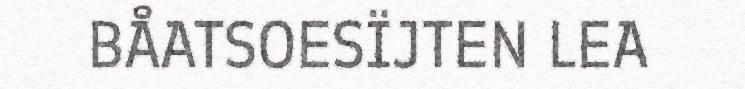
BÅATSOESÏJTEN LEA